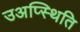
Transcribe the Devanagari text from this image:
उअप्स्थिति